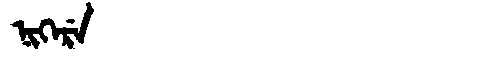
Manchu: ᠨᡳᡴᡝᡵᡝ
Romanization: NIKERE